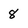
Character: 8